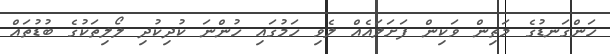
ހަންގަނޑުގެ މަތިން ވަކިން ފަށަލައެއް ލެވި ހަމުގައި ހުންނަ ކުދިކުދި ލޯލިތަކުގެ ބުޑުތައް